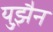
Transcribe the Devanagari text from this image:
युझ़ैन